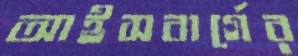
আইসবার্গের